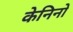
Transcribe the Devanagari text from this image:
केनिनो